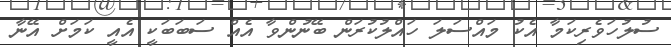
ސުލުހަވެރިކަމާ އެކު މައްސަލަ ހައްލުކުރަން ބޭނުންވާ އެއް ސަބަބަކީ އެއީ ކަމަށް އޭނާ